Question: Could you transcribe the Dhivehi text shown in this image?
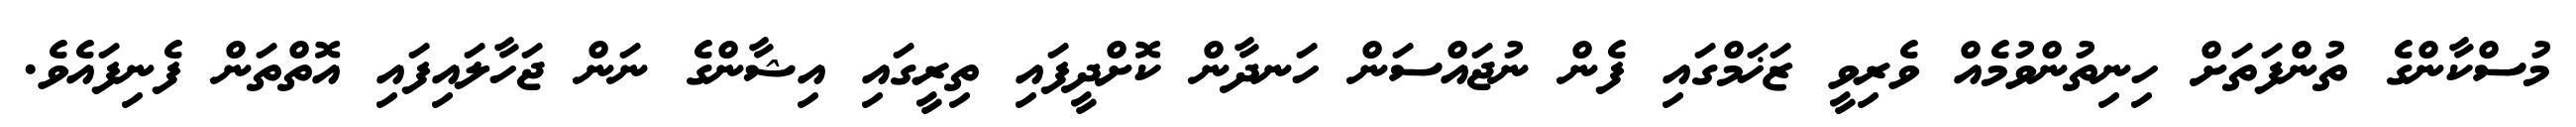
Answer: މުސްކާންގެ ތުންފަތަށް ހިނިތުންވުމެއް ވެރިވީ ޒަޚަމްގައި ފެން ނުޖައްސަން ހަނދާން ކޮށްދީފައި ތިރީގައި އިޝާންގެ ނަން ޖަހާލައިފައި އޮތްތަން ފެނިފައެވެ.